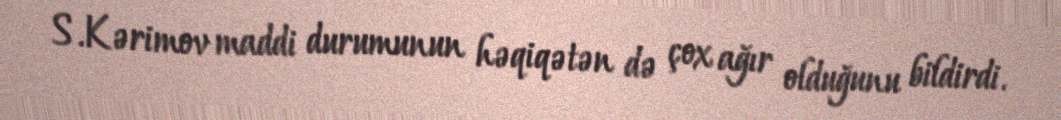
S.Kərimov maddi durumunun həqiqətən də çox ağır olduğunu bildirdi.